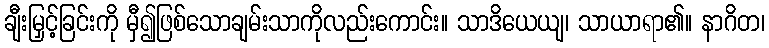
ချီးမြှင့်ခြင်းကို မှီ၍ဖြစ်သောချမ်းသာကိုလည်းကောင်း။ သာဒိယေယျ၊ သာယာရာ၏။ နာဂိတ၊